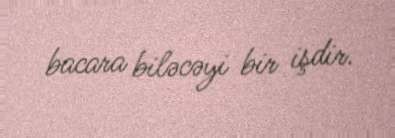
bacara biləcəyi bir işdir.